Lunatic asylums Central Provinces reports 1874-1885 - 1874-1885
Year: 1874
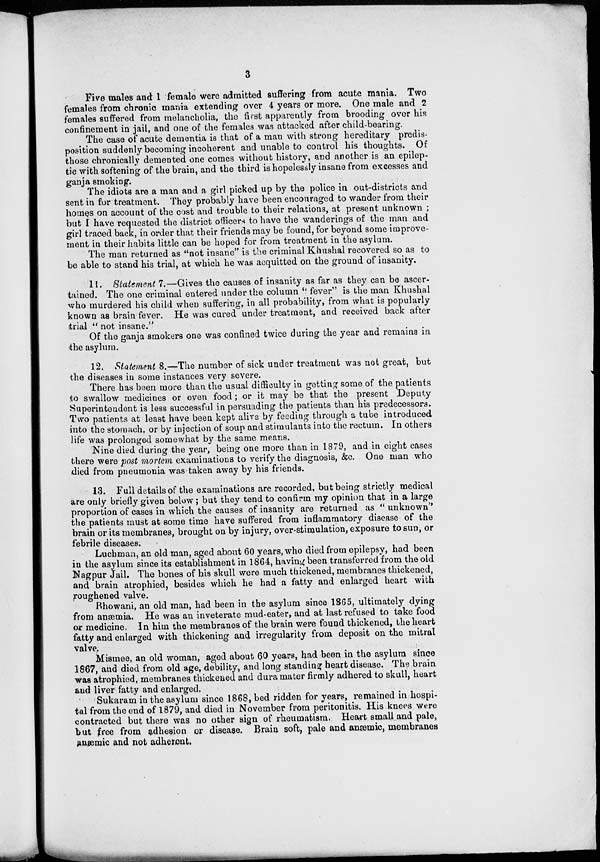
3
Five males and 1 female were admitted suffering from acute mania. Two
females from chronic mania extending over 4 years or more. One male and 2
females suffered from melancholia, the first apparently from brooding over his
confinement in jail, and one of the females was attacked after child-bearing.
The case of acute dementia is that of a man with strong hereditary predis-
position suddenly becoming incoherent and unable to control his thoughts. Of
those chronically demented one comes without history, and another is an epilep-
tic with softening of the brain, and the third is hopelessly insane from excesses and
ganja smoking.
The idiots are a man and a girl picked up by the police in out-districts and
sent in for treatment. They probably have been encouraged to wander from their
homes on account of the cost and trouble to their relations, at present unknown ;
but I have requested the district officers to have the wanderings of the man and
girl traced back, in order that their friends may be found, for beyond some improve-
ment in their habits little can be hoped for from treatment in the asylum.
The man returned as "not insane" is the criminal Khushal recovered so as to
be able to stand his trial, at which he was acquitted on the ground of insanity.
11. Statement 7.—Gives the causes of insanity as far as they can be ascer-
tained. The one criminal entered under the column "fever" is the man Khushal
who murdered his child when suffering, in all probability, from what is popularly
known as brain fever. He was cured under treatment, and received back after
trial " not insane."
Of the ganja smokers one was confined twice during the year and remains in
the asylum.
12. Statement 8.—The number of sick under treatment was not great, but
the diseases in some instances very severe.
There has been more than the usual difficulty in getting some of the patients
to swallow medicines or even food ; or it may be that the present Deputy
Superintendent is less successful in persuading the patients than his predecessors.
Two patients at least have been kept alive by feeding through a tube introduced
into the stomach, or by injection of soup and stimulants into the rectum. In others
life was prolonged somewhat by the same means.
Nine died during the year, being one more than in 1879, and in eight cases
there were post mortem examinations to verify the diagnosis, &c. One man who
died from pneumonia was taken away by his friends.
13. Full details of the examinations are recorded, but being strictly medical
are only briefly given below; but they tend to confirm my opinion that in a large
proportion of cases in which the causes of insanity are returned as " unknown"
the patients must at some time have suffered from inflammatory disease of the
brain or its membranes, brought on by injury, over-stimulation, exposure to sun, or
febrile diseases.
Luchman, an old man, aged about 60 years, who died from epilepsy, had been
in the asylum since its establishment in 1864, having been transferred from the old
Nagpur Jail. The bones of his skull were much thickened, membranes thickened,
and brain atrophied, besides which he had a fatty and enlarged heart with
roughened valve.
Bhowani, an old man, had been in the asylum since 1865, ultimately dying
from anæmia. He was an inveterate mud-eater, and at last refused to take food
or medicine. In him the membranes of the brain were found thickened, the heart
fatty and enlarged with thickening and irregularity from deposit on the mitral
valve.
Mismee, an old woman, aged about 60 years, had been in the asylum since
1867, and died from old age, debility, and long standing heart disease. The brain
was atrophied, membranes thickened and dura mater firmly adhered to skull, heart
and liver fatty and enlarged.
Sukaram in the asylum since 1868, bed ridden for years, remained in hospi-
tal from the end of 1879, and died in November from peritonitis. His knees were
contracted but there was no other sign of rheumatism. Heart small and pale,
but free from adhesion or disease. Brain soft, pale and anæmic, membranes
anæmic and not adherent.